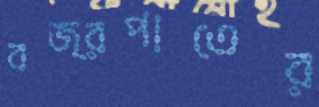
বজ্রপাতের